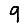
Digit: 9